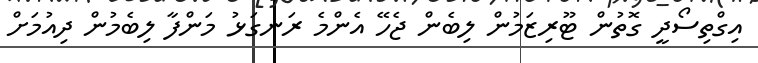
އިގްތިސޯދީ ގޮތުން ޓޫރިޒަމުން ލިބެން ޖެހޭ އެންމެ ރަނގަޅު މަންފާ ލިބެމުން ދިއުމަށް